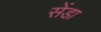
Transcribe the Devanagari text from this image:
सेंडा